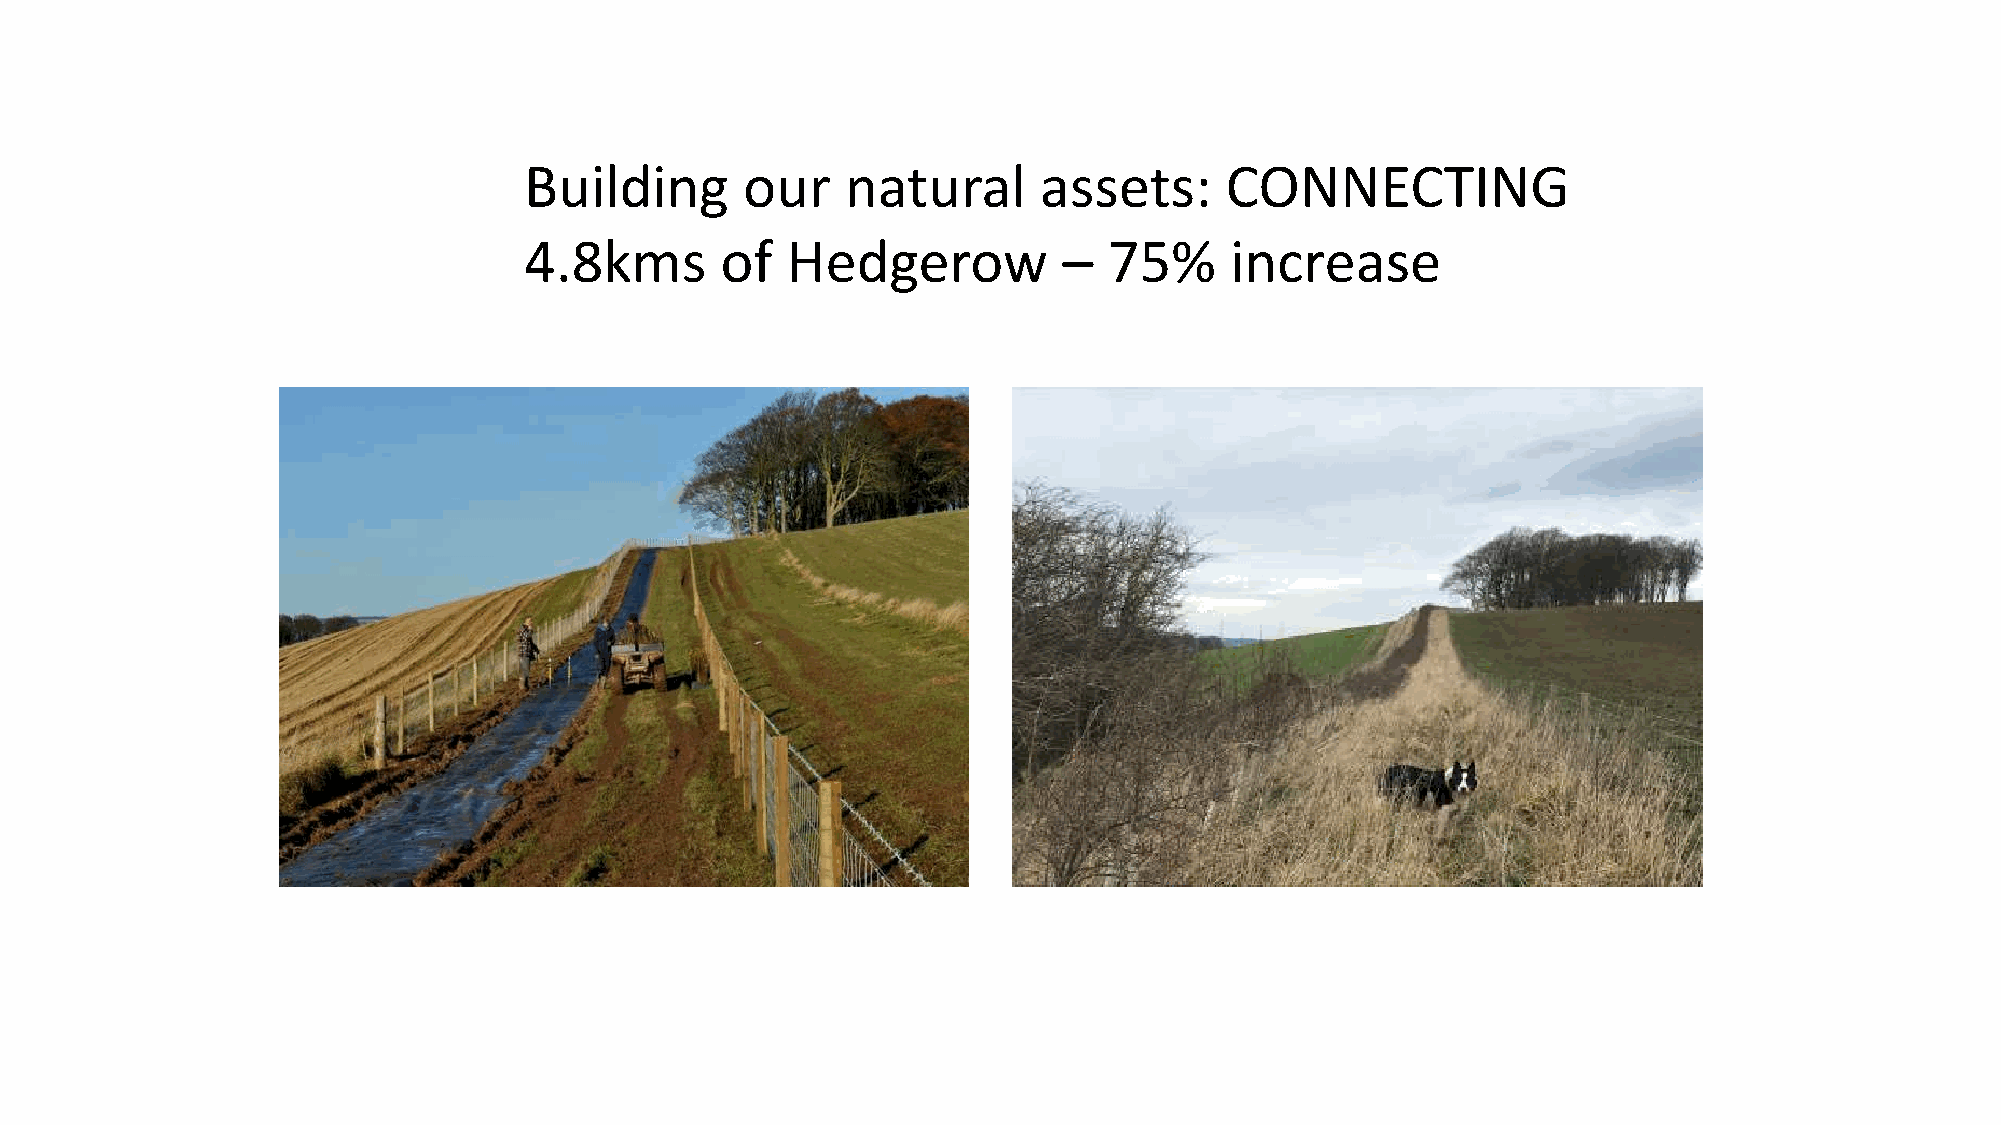
Building      our    natural      assets:     CONNECTING
 4.8kms       of  Hedgerow          –  75%     increase